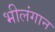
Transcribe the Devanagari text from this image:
भीलंगान